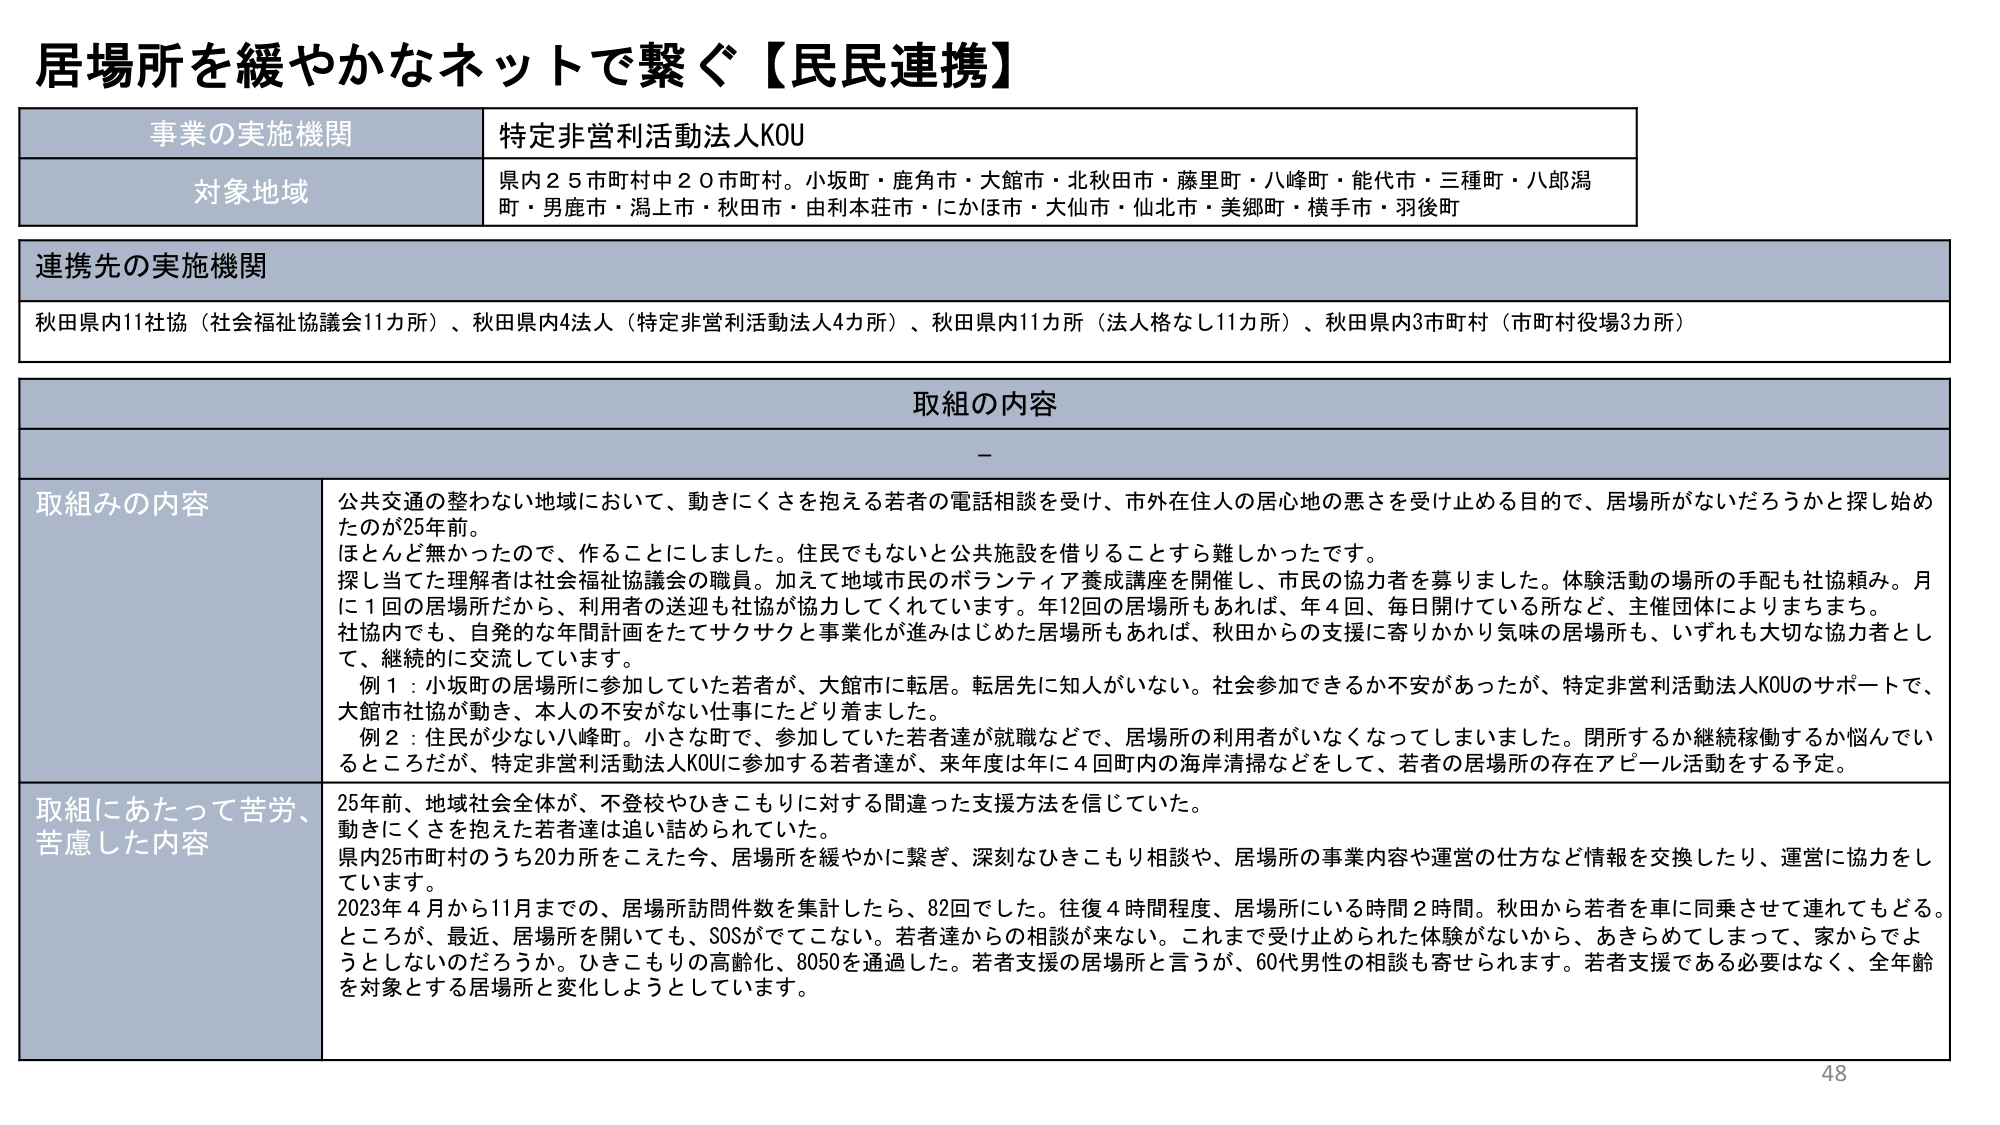
居場所を緩やかなネットで繋ぐ【民民連携】

事業の実施機関　特定非営利活動法人KOU

対象地域　県内２５市町村中２０市町村。小坂町・鹿角市・大館市・北秋田市・藤里町・八峰町・能代市・三種町・八郎潟町・男鹿市・潟上市・秋田市・由利本荘市・にかほ市・大仙市・仙北市・美郷町・横手市・羽後町

連携先の実施機関
秋田県内11社協（社会福祉協議会11カ所）、秋田県内4法人（特定非営利活動法人4カ所）、秋田県内11カ所（法人格なし11カ所）、秋田県内3市町村（市町村役場3カ所）

取組の内容

取組みの内容
公共交通の整わない地域において、動きにくさを抱える若者の電話相談を受け、市外在住人の居心地の悪さを受け止めめる目的で、居場所がないだろうかと探し始めたのが25年前。
ほとんど無かったので、作ることにしました。住民でもないと公共施設を借りることすら難しかったです。
探し当てた理解者は社会福祉協議会の職員。加えて地域市民のボランティア養成講座を開催し、市民の協力者を募りました。体験活動の場所の手配も社協頼み。月に1回の居場所だから、利用者の送迎も社協が協力してくれています。年12回の居場所もあれば、年4回、毎日開けている所など、主催団体によりまちまち。
社協内でも、自発的な年間計画をたてサクサクと事業化が進みはじめた居場所もあれば、秋田からの支援に寄りかかり気味の居場所も、いずれも大切な協力者として、継続的に交流しています。
　例1：小坂町の居場所に参加していた若者が、大館市に転居。転居先に知人がいない。社会参加できるか不安があったが、特定非営利活動法人KOUのサポートで、大館市社協が動き、本人の不安がない仕事にたどり着ました。
　例2：住民が少ない八峰町。小さな町で、参加していた若者達が就職などで、居場所の利用者がなくなってしまいました。閉所するか継続稼働するか悩んでいるところだが、特定非営利活動法人KOUに参加する若者達が、来年度は年に4回町内の海岸清掃などをして、若者の居場所の存在アピール活動をする予定。

取組にあたって苦労、苦慮した内容
25年前、地域社会全体が、不登校やひきこもりに対する間違った支援方法を信じていた。
動きにくさを抱えた若者達は追い詰められていた。
県内25市町村のうち20カ所をこえた今、居場所を緩やかに繋ぎ、深刻なひきこもり相談や、居場所の事業内容や運営の仕方など情報を交換したり、運営に協力をしています。
2023年4月から11月までの、居場所訪問件数を集計したら、82回でした。往復4時間程度、居場所にいる時間2時間。秋田から若者を車に同乗させて連れてもどる。
ところが、最近、居場所を開いても、SOSがでてこない。若者達からの相談が来ない。これまで受け止められた体験がないから、あきらめてしまって、家からでようとはしないのだろうか。ひきこもりの高齢化、8050を通過した。若者支援の居場所と言うが、60代男性の相談も寄せられます。若者支援である必要はなく、全年齢を対象とする居場所と変化しようとしています。

48